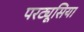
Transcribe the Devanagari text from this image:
परट्यूसिया